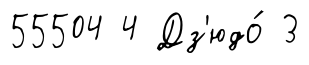
55504 4 Дз'юдо́ 3